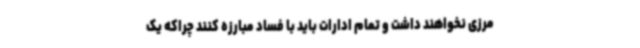
مرزی نخواهند داشت و تمام ادارات باید با فساد مبارزه کنند چراکه یک